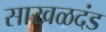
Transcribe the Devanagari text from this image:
साखळदंड